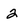
Character: 2